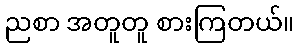
ညစာ အတူတူ စားကြတယ်။